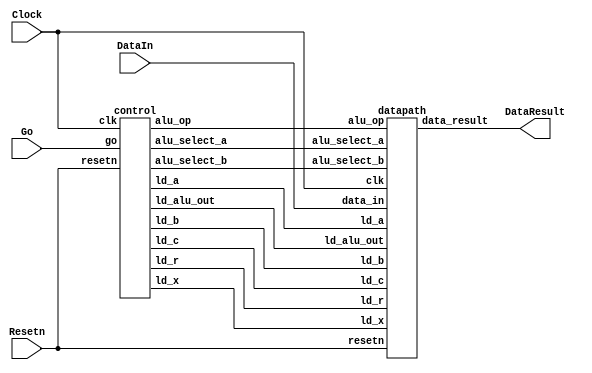
// DataIn - input data port
// Resetn - synchronous reset
// Go signal starts things
// DataResult - register at output of ALU

module part2(Clock, Resetn, Go, DataIn, DataResult);
    input Clock;
    input Resetn;
    input Go;
    input [7:0] DataIn;
    output [7:0] DataResult;

    // lots of wires to connect our datapath and control
    wire ld_a, ld_b, ld_c, ld_x, ld_r;
    wire ld_alu_out;
    wire [1:0]  alu_select_a, alu_select_b;
    wire alu_op;

    control C0(
        .clk(Clock),
        .resetn(Resetn),
        
        .go(Go),
        
        .ld_alu_out(ld_alu_out), 
        .ld_x(ld_x),
        .ld_a(ld_a),
        .ld_b(ld_b),
        .ld_c(ld_c), 
        .ld_r(ld_r), 
        
        .alu_select_a(alu_select_a),
        .alu_select_b(alu_select_b),
        .alu_op(alu_op)
    );

    datapath D0(
        .clk(Clock),
        .resetn(Resetn),

        .ld_alu_out(ld_alu_out), 
        .ld_x(ld_x),
        .ld_a(ld_a),
        .ld_b(ld_b),
        .ld_c(ld_c), 
        .ld_r(ld_r), 

        .alu_select_a(alu_select_a),
        .alu_select_b(alu_select_b),
        .alu_op(alu_op),

        .data_in(DataIn),
        .data_result(DataResult)
    );
                
 endmodule             
                

module control(
    input clk,
    input resetn,
    input go,

    output reg  ld_a, ld_b, ld_c, ld_x, ld_r,
    output reg  ld_alu_out,
    output reg [1:0]  alu_select_a, alu_select_b,
    output reg alu_op
    );

    reg [5:0] current_state, next_state; 
    
    localparam  S_LOAD_A        = 5'd0,
                S_LOAD_A_WAIT   = 5'd1,
                S_LOAD_B        = 5'd2,
                S_LOAD_B_WAIT   = 5'd3,
                S_LOAD_C        = 5'd4,
                S_LOAD_C_WAIT   = 5'd5,
                S_LOAD_X        = 5'd6,
                S_LOAD_X_WAIT   = 5'd7,
                S_CYCLE_0       = 5'd8,
                S_CYCLE_1       = 5'd9,
                S_CYCLE_2       = 5'd10,
					 S_CYCLE_3       = 5'd11,
					 S_CYCLE_4       = 5'd12;
    
    // Next state logic aka our state table
    always@(*)
    begin: state_table 
            case (current_state)
                S_LOAD_A: next_state = go ? S_LOAD_A_WAIT : S_LOAD_A; // Loop in current state until value is input
                S_LOAD_A_WAIT: next_state = go ? S_LOAD_A_WAIT : S_LOAD_B; // Loop in current state until go signal goes low
                S_LOAD_B: next_state = go ? S_LOAD_B_WAIT : S_LOAD_B; // Loop in current state until value is input
                S_LOAD_B_WAIT: next_state = go ? S_LOAD_B_WAIT : S_LOAD_C; // Loop in current state until go signal goes low
                S_LOAD_C: next_state = go ? S_LOAD_C_WAIT : S_LOAD_C; // Loop in current state until value is input
                S_LOAD_C_WAIT: next_state = go ? S_LOAD_C_WAIT : S_LOAD_X; // Loop in current state until go signal goes low
                S_LOAD_X: next_state = go ? S_LOAD_X_WAIT : S_LOAD_X; // Loop in current state until value is input
                S_LOAD_X_WAIT: next_state = go ? S_LOAD_X_WAIT : S_CYCLE_0; // Loop in current state until go signal goes low
                S_CYCLE_0: next_state = S_CYCLE_1;
					 S_CYCLE_1: next_state = S_CYCLE_2;
                S_CYCLE_2: next_state = S_CYCLE_3;
                S_CYCLE_3: next_state = S_CYCLE_4;
					 S_CYCLE_4: next_state = S_LOAD_A; // we will be done our two operations, start over after
            default:     next_state = S_LOAD_A;
        endcase
    end // state_table
   

    // Output logic aka all of our datapath control signals
    always @(*)
    begin: enable_signals
        // By default make all our signals 0
        ld_alu_out = 1'b0;
        ld_a = 1'b0;
        ld_b = 1'b0;
        ld_c = 1'b0;
        ld_x = 1'b0;
        ld_r = 1'b0;
        alu_select_a = 2'b0;
        alu_select_b = 2'b0;
        alu_op       = 1'b0;

        case (current_state)
            S_LOAD_A: begin
                ld_a = 1'b1;
                end
            S_LOAD_B: begin
                ld_b = 1'b1;
                end
            S_LOAD_C: begin
                ld_c = 1'b1;
                end
            S_LOAD_X: begin
                ld_x = 1'b1;
                end
            S_CYCLE_0: begin // Do A <- A * A 
                ld_alu_out = 1'b1; ld_a = 1'b1; // store result back into A
                alu_select_a = 2'b00; // Select register A
                alu_select_b = 2'b11; // Also select register X
                alu_op = 1'b1; // Do multiply operation
            end
            S_CYCLE_1: begin
                ld_alu_out = 1'b1; ld_a = 1'b1;
                alu_select_a = 2'b00; // Select register A
                alu_select_b = 2'b11; // Select register X
                alu_op = 1'b1; // Do Add operation
            end
				 S_CYCLE_2: begin
                ld_alu_out = 1'b1; ld_b = 1'b1; 
                alu_select_a = 2'b01; // Select register B
                alu_select_b = 2'b11; // Select register X
                alu_op = 1'b1; // Do Add operation
            end
				 S_CYCLE_3: begin
                ld_alu_out = 1'b1; ld_b = 1'b1; // store result in result register
                alu_select_a = 2'b01; // Select register B
                alu_select_b = 2'b10; // Select register C
                alu_op = 1'b0; // Do Add operation
            end
				 S_CYCLE_4: begin
                ld_r = 1'b1; // store result in result register
                alu_select_a = 2'b00; // Select register A
                alu_select_b = 2'b01; // Select register B
                alu_op = 1'b0; // Do Add operation
            end
        // default:    // don't need default since we already made sure all of our outputs were assigned a value at the start of the always block
        endcase
    end // enable_signals
   
    // current_state registers
    always@(posedge clk)
    begin: state_FFs
        if(!resetn)
            current_state <= S_LOAD_A;
        else
            current_state <= next_state;
    end // state_FFS
endmodule

module datapath(
    input clk,
    input resetn,
    input [7:0] data_in,
    input ld_alu_out, 
    input ld_x, ld_a, ld_b, ld_c,
    input ld_r,
    input alu_op, 
    input [1:0] alu_select_a, alu_select_b,
    output reg [7:0] data_result
    );
    
    // input registers
    reg [7:0] a, b, c, x;

    // output of the alu
    reg [7:0] alu_out;
    // alu input muxes
    reg [7:0] alu_a, alu_b;
    
    // Registers a, b, c, x with respective input logic
    always@(posedge clk) begin
        if(!resetn) begin
            a <= 8'b0; 
            b <= 8'b0; 
            c <= 8'b0; 
            x <= 8'b0; 
        end
        else begin
            if(ld_a)
                a <= ld_alu_out ? alu_out : data_in; // load alu_out if load_alu_out signal is high, otherwise load from data_in
            if(ld_b)
                b <= ld_alu_out ? alu_out : data_in; // load alu_out if load_alu_out signal is high, otherwise load from data_in
            if(ld_x)
                x <= data_in;

            if(ld_c)
                c <= data_in;
        end
    end
 
    // Output result register
    always@(posedge clk) begin
        if(!resetn) begin
            data_result <= 8'b0; 
        end
        else 
            if(ld_r)
                data_result <= alu_out;
    end

    // The ALU input multiplexers
    always @(*)
    begin
        case (alu_select_a)
            2'd0:
                alu_a = a;
            2'd1:
                alu_a = b;
            2'd2:
                alu_a = c;
            2'd3:
                alu_a = x;
            default: alu_a = 8'b0;
        endcase

        case (alu_select_b)
            2'd0:
                alu_b = a;
            2'd1:
                alu_b = b;
            2'd2:
                alu_b = c;
            2'd3:
                alu_b = x;
            default: alu_b = 8'b0;
        endcase
    end

    // The ALU 
    always @(*)
    begin : ALU
        // alu
        case (alu_op)
            0: begin
                   alu_out = alu_a + alu_b; //performs addition
               end
            1: begin
                   alu_out = alu_a * alu_b; //performs multiplication
               end
            default: alu_out = 8'b0;
        endcase
    end
    
endmodule

module hex_decoder(NUM, HEX);
	input [3:0] NUM;
	output [6:0] HEX;
	
	h0_decoder h0(NUM[3], NUM[2], NUM[1], NUM[0], HEX[0]);
	h1_decoder h1(NUM[3], NUM[2], NUM[1], NUM[0], HEX[1]);
	h2_decoder h2(NUM[3], NUM[2], NUM[1], NUM[0], HEX[2]);
	h3_decoder h3(NUM[3], NUM[2], NUM[1], NUM[0], HEX[3]);
	h4_decoder h4(NUM[3], NUM[2], NUM[1], NUM[0], HEX[4]);
	h5_decoder h5(NUM[3], NUM[2], NUM[1], NUM[0], HEX[5]);
	h6_decoder h6(NUM[3], NUM[2], NUM[1], NUM[0], HEX[6]);
	
endmodule



module h0_decoder(c0,c1,c2,c3,out);
	input c0,c1,c2,c3;
	output out;
	
	assign out = ~((~c1 & ~c3) | (~c0 & c2) | (~c0 & c1 & c3) | (c1 & c2) | (c0 & ~c1 & ~c2) | (c0 & ~c3));
	
endmodule

module h1_decoder(c0,c1,c2,c3,out);
	input c0,c1,c2,c3;
	output out;
	
	assign out = ~((~c0 & ~c1) | (~c0 & ~c2 & ~c3) | (~c1 & ~c3) | (~c0 & c2 & c3) | (c0 & c3 & ~c2));
	
endmodule

module h2_decoder(c0,c1,c2,c3,out);
	input c0,c1,c2,c3;
	output out;
	
	assign out = ~((~c0 & ~c2) | (~c0 & c3) | (~c2 & c3) | (~c0 & c1) | (c0 & ~c1));
	
endmodule

module h3_decoder(c0,c1,c2,c3,out);
	input c0,c1,c2,c3;
	output out;
	
	assign out = ~((~c0 & ~c1 & ~c3) | (~c1 & c2 & c3) | (c1 & ~c2 & c3) | (c1 & c2 & ~c3) | (c0 & ~c2 & ~c3));
	
endmodule

module h4_decoder(c0,c1,c2,c3,out);
	input c0,c1,c2,c3;
	output out;
	
	assign out = ~((~c1 & ~c3) | (c2 & ~c3) | (c0 & c2) | (c0 & c1));
	
endmodule

module h5_decoder(c0,c1,c2,c3,out);
	input c0,c1,c2,c3;
	output out;
	
	assign out = ~((~c2 & ~c3) | (~c0 & c1 & ~c2) | (c1 & ~c3) | (c0 & ~c1) | (c0 & c2));
	
endmodule

module h6_decoder(c0,c1,c2,c3,out);
	input c0,c1,c2,c3;
	output out;
	
	assign out = ~((~c1 & c2) | (c2 & ~c3) | (~c0 & c1 & ~c2) | (c0 & ~c1) | (c0 & c3));
	
endmodule